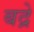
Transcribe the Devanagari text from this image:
बद्रे